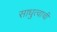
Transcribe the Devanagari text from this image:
साधुत्वाची